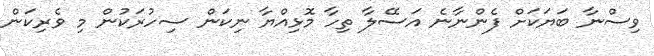
ވިސްނާ ބަޔަކަށް ފެންނާނެ އަސޭލާ ތިހާ މޮޅިއްޔާ ނިކަން ސިހުރަކުން މި ވެރިކަން